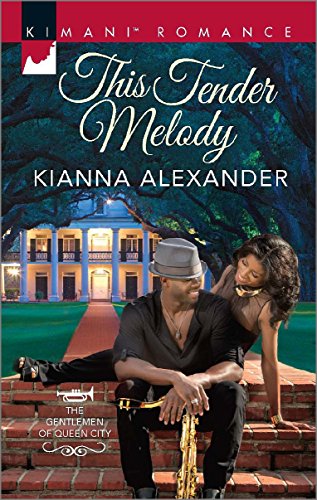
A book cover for This Tender Melody (The Gentlemen of Queen City); Kianna Alexander; Romance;